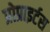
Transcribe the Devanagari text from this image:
प्रोप्राइर्टस